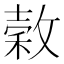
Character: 𭤄